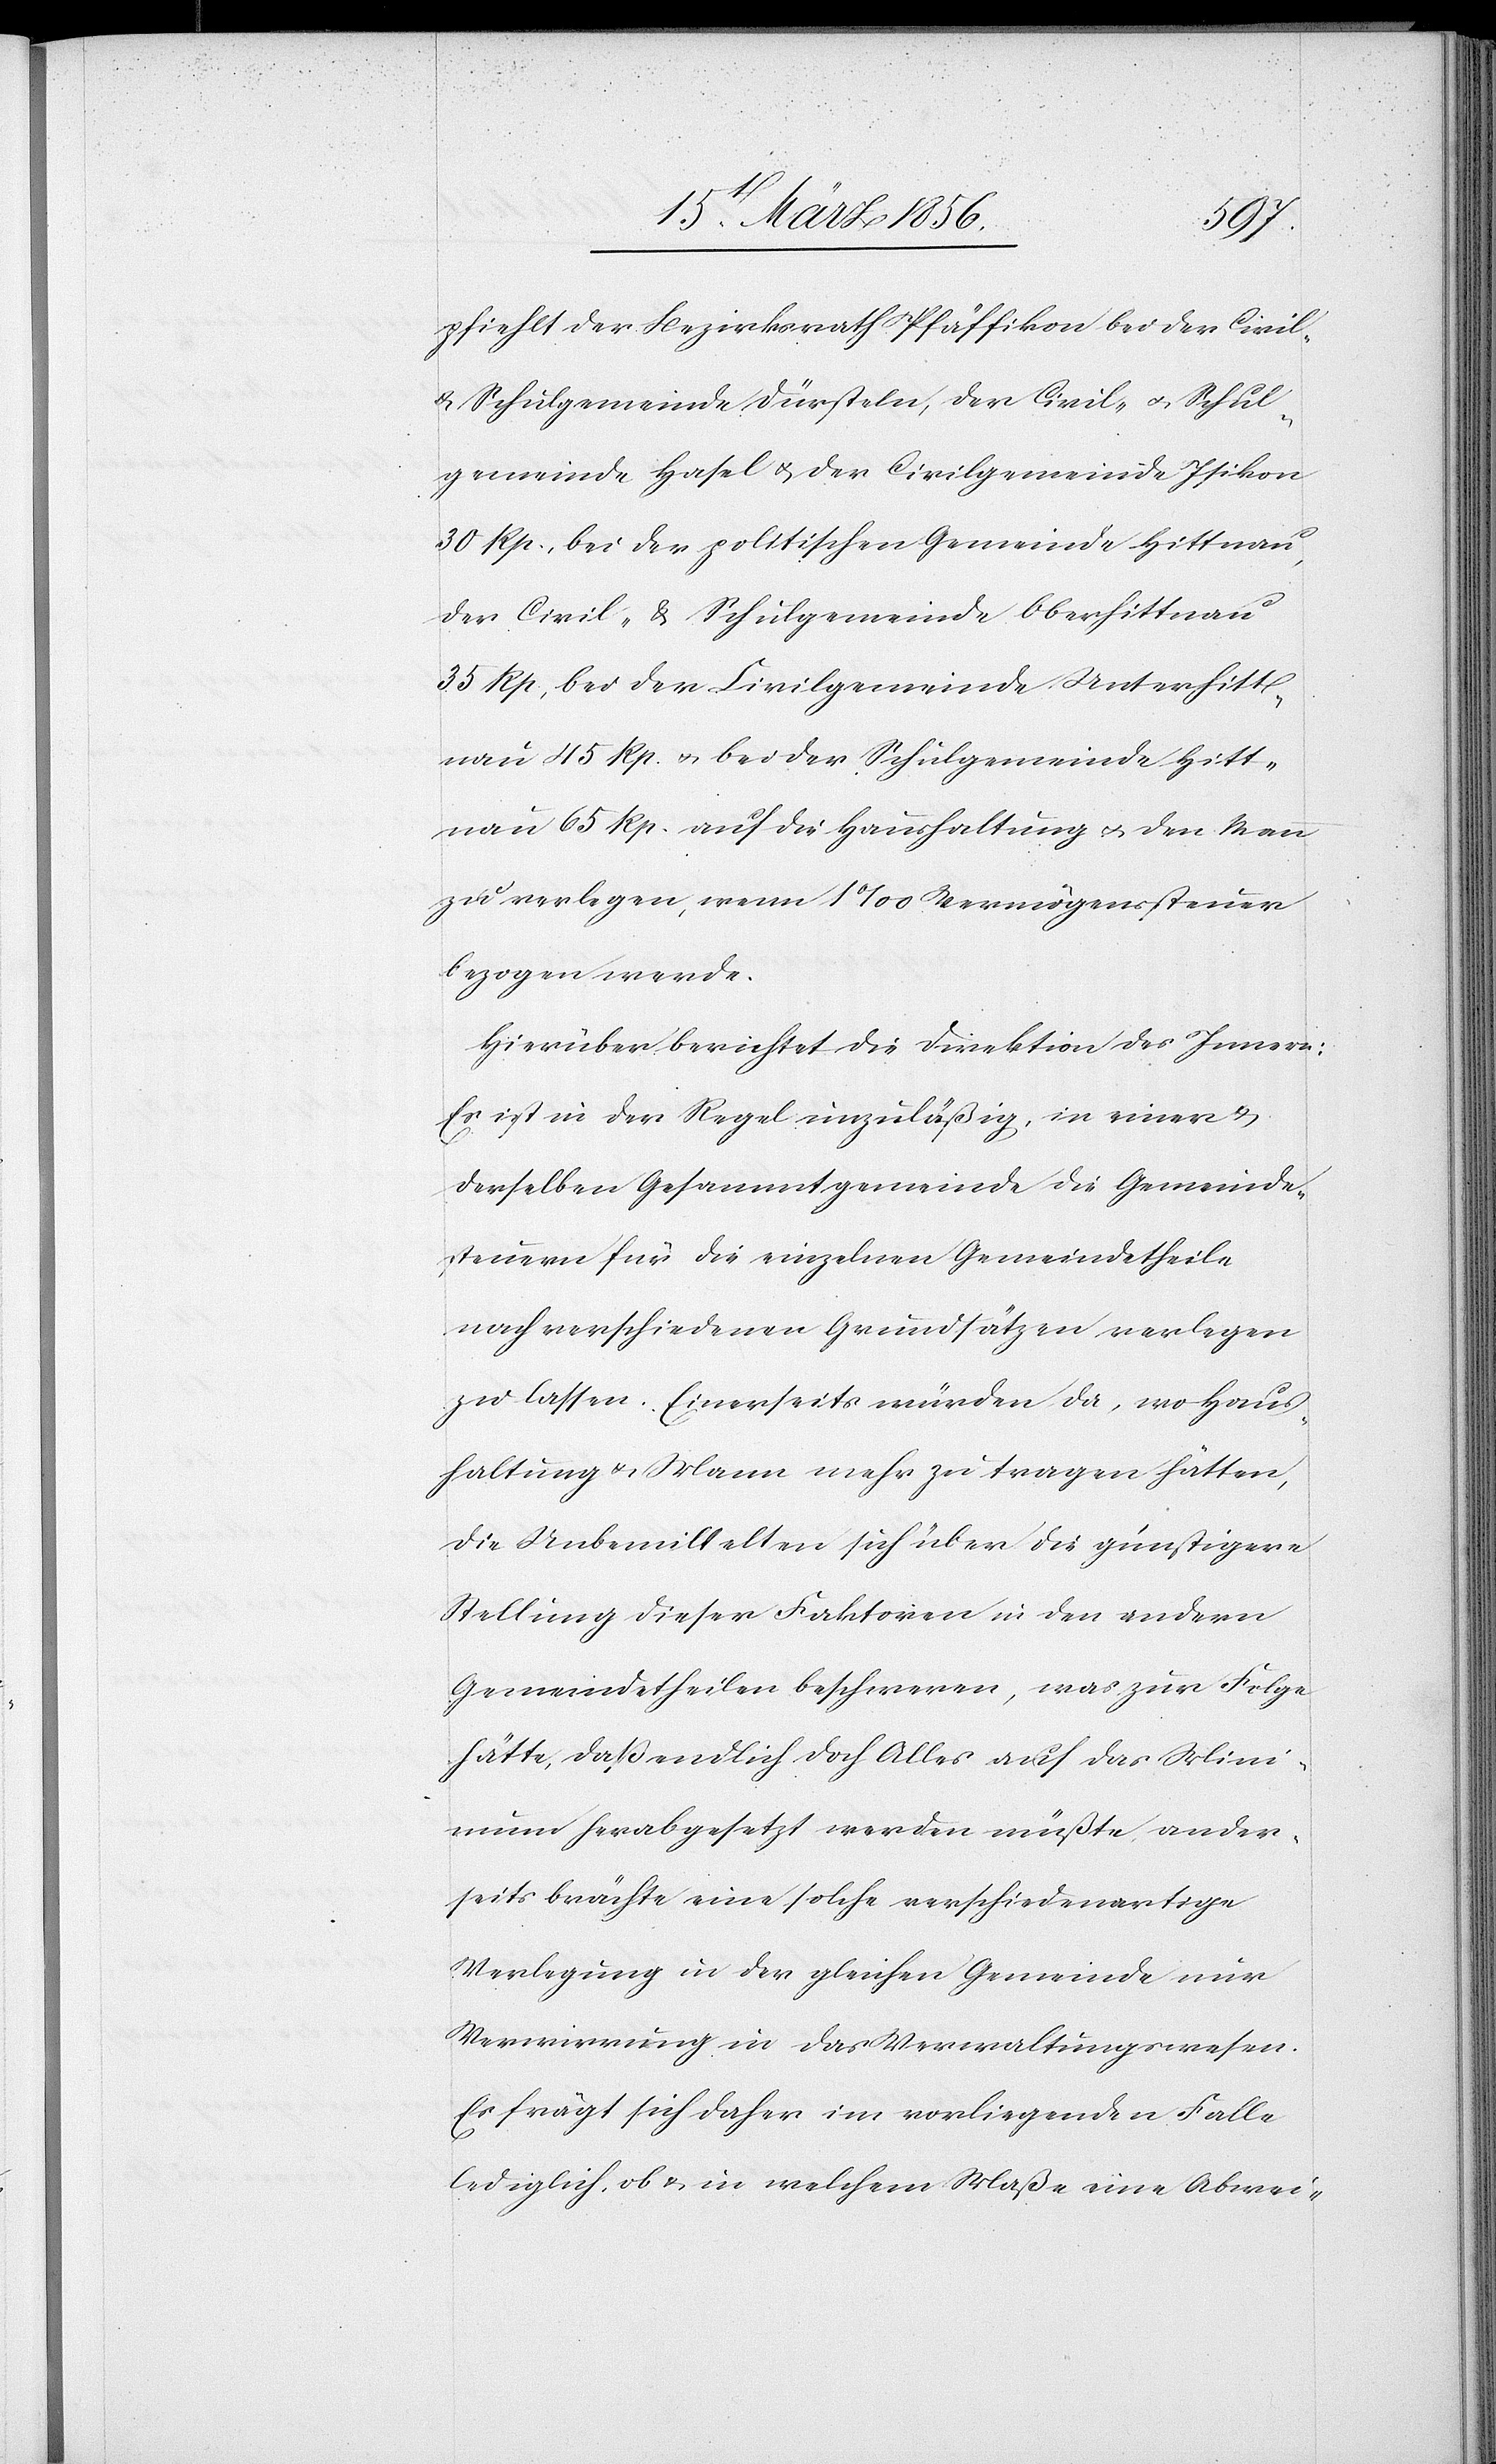
pfiehlt der Bezirksrath Pfäffikon bei der Civil-
& Schulgemeinde Dürsteln, der Civil- u. Schul¬
gemeinde Hasel u. der Civilgemeinde Isikon
30 Rp., bei der politischen Gemeinde Hittnau,
der Civil- & Schulgemeinde Oberhittnau
35 Rp., bei der Civilgemeinde Unterhitt¬
nau 45 Rp. u. bei der Schulgemeinde Hitt¬
nau 65 Rp. auf die Haushaltung u. den Mann
zu verlegen, wenn 1‰ Vermögenssteuer
bezogen werde.
Hierüber berichtet die Direktion des Innern:
Es ist in der Regel unzuläßig, in einer &
derselben Gesammtgemeinde die Gemeinde¬
steuern für die einzelnen Gemeindetheile
nach verschiedenen Grundsätzen verlegen
zu lassen. Einerseits würden da, wo Haus¬
haltung & Mann mehr zu tragen hätten,
die Unbemittelten sich über die günstigere
Stellung dieser Faktoren in den andern
Gemeindetheilen beschweren, was zur Folge
hätte, das endlich doch Alles auf das Mini¬
mum herabgesetzt werden müßte, ander¬
seits brächte eine solche verschiedenartige
Verlegung in der gleichen Gemeinde nur
Verwirrung in das Verwaltungswesen.
Es frägt sich daher im vorliegenden Falle
lediglich, ob & in welchem Maße eine Abwei-